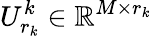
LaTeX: U_{r_{k}}^{k}\in\mathbb{R}^{M\times{r_{k}}}